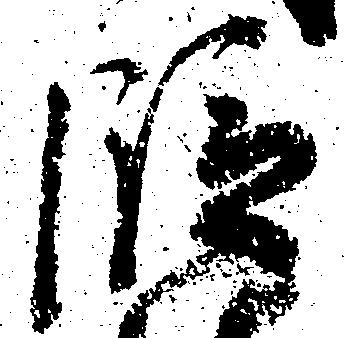
段